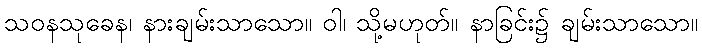
သဝနသုခေန၊ နားချမ်းသာသော။ ဝါ၊ သို့မဟုတ်။ နာခြင်း၌ ချမ်းသာသော။